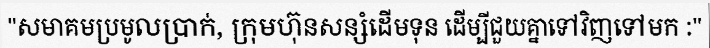
"សមាគមប្រមូលប្រាក់, ក្រុមហ៊ុនសន្សំដើមទុន ដើម្បីជួយគ្នាទៅវិញទៅមក :"